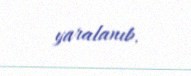
yaralanıb.